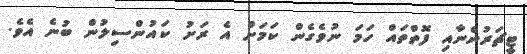
ޓީޗަރުންނާއި ފޮތްތައް ހަމަ ނުވެގެން ކަމަށް އެ ރަށު ކައުންސިލުން ބުނެ އެވެ.